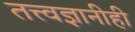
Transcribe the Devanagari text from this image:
तत्त्वज्ञानीही